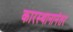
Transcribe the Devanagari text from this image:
कारस्थानानंतर